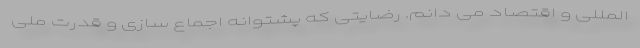
‌المللی و اقتصاد می دانم. رضایتی که پشتوانه اجماع سازی و قدرت ملی